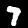
Label: 7